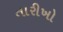
તારીખો